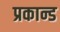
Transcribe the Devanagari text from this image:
प्रकान्ड